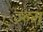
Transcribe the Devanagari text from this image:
ज्न्म्